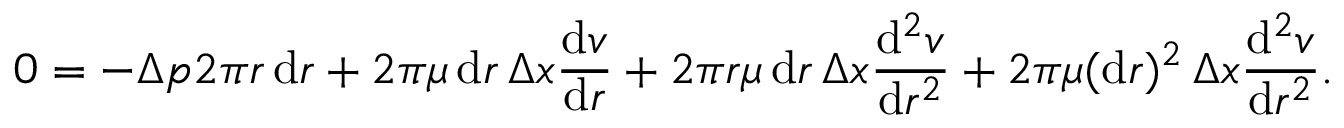
0 = - \Delta p 2 \pi r \, \mathrm { d } r + 2 \pi \mu \, \mathrm { d } r \, \Delta x { \frac { \mathrm { d } v } { \mathrm { d } r } } + 2 \pi r \mu \, \mathrm { d } r \, \Delta x { \frac { \mathrm { d } ^ { 2 } v } { \mathrm { d } r ^ { 2 } } } + 2 \pi \mu ( \mathrm { d } r ) ^ { 2 } \, \Delta x { \frac { \mathrm { d } ^ { 2 } v } { \mathrm { d } r ^ { 2 } } } .